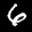
Label: 6